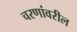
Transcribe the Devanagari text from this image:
चरणांवरील